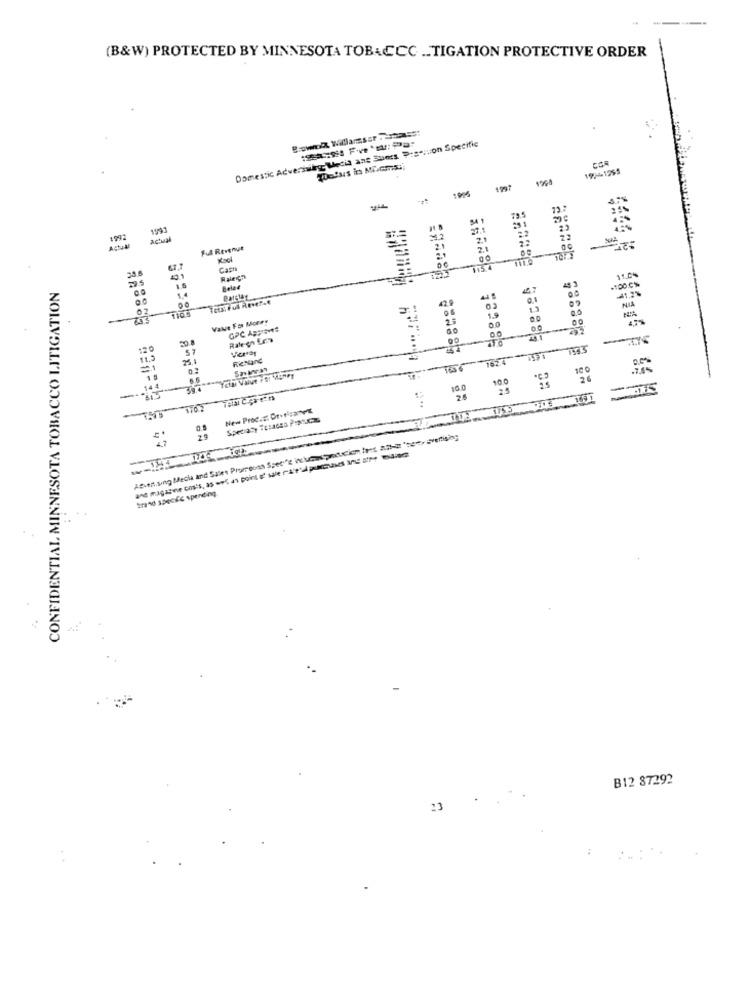
(B&W) PROTECTED BY MINNESOTA TOBACCC .. TIGATION PROTECTIVE ORDER
Domestic Adversaire Media ans Sters Discution Specific
Bowok Willlanser
Watus in Micms;
19/4-1255
1968
100
1992
actual
Actual
Ful Revenue
Com
Raleigh
49
11.5%
CONFIDENTIAL MINNESOTA TOBACCO LITIGATION
-100%
41.2%
0.1
03
1.9
0.0
NIA
-
.
Value For Money
0.0
GPC ABSTEVE
20.4
Rate en Era
120
VicHar
11.5
25.1
RienDING
1624
100
10.0
7762
- TH5
29
and magasve cos's, 35 - 4 point e' wie rue plus I -
trend specie spending
B12 87292
13
: